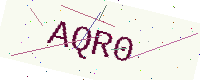
Text: AQR0